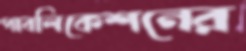
পাবলিকেশনের